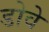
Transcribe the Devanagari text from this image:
डोवे